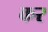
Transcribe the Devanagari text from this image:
कर